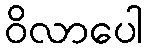
ဝိလာပေါ